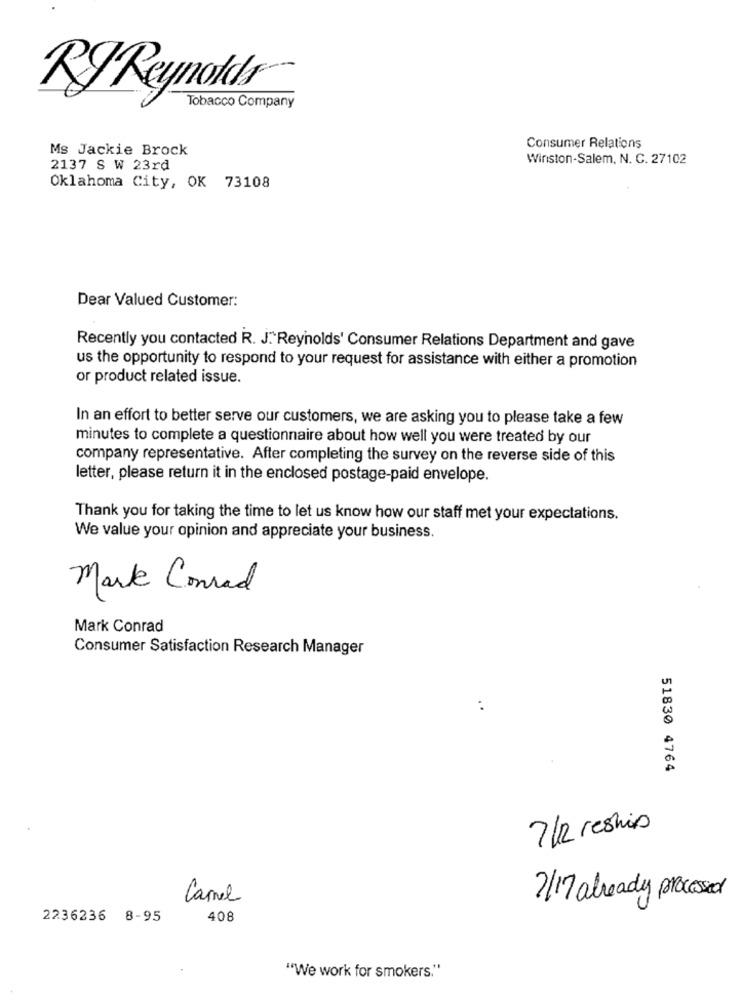
RyReynolds®
Tobacco Company
Ms Jackie Brock
Consumer Relations
Winston-Salem, N. C. 27102
2137 S W 23rd
Oklahoma City, OK 73108
Dear Valued Customer:
Recently you contacted R. J. Reynolds' Consumer Relations Department and gave
us the opportunity to respond to your request for assistance with either a promotion
or product related issue.
In an effort to better serve our customers, we are asking you to please take a few
minutes to complete a questionnaire about how well you were treated by our
company representative. After completing the survey on the reverse side of this
letter, please return it in the enclosed postage-paid envelope.
Thank you for taking the time to let us know how our staff met your expectations.
We value your opinion and appreciate your business.
Mark Conrad
Mark Conrad
Consumer Satisfaction Research Manager
..
51830 4764
7 /2 reshis
Camel
7/17 already processed
2236236 8-95
408
"We work for smokers."